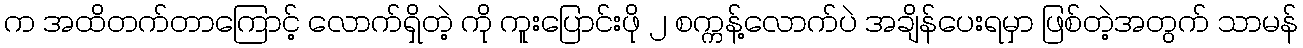
က အထိတက်တာကြောင့် လောက်ရှိတဲ့ ကို ကူးပြောင်းဖို ၂ စက္ကန့်လောက်ပဲ အချိန်ပေးရမှာ ဖြစ်တဲ့အတွက် သာမန်